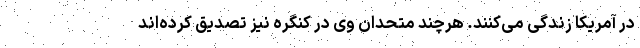
در آمریکا زندگی می‌کنند. هرچند متحدان وی در کنگره نیز تصدیق کرده‌اند